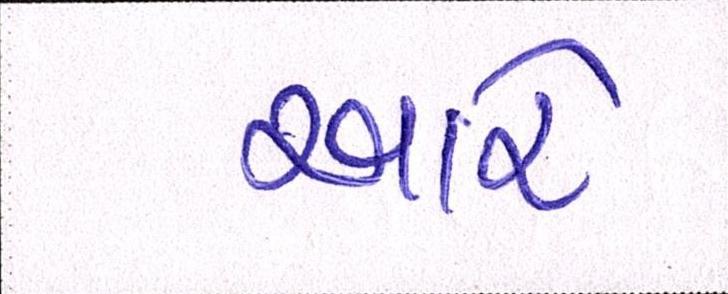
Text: આરે